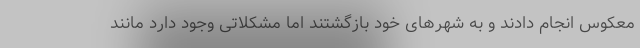
معکوس انجام دادند و به شهرهای خود بازگشتند اما مشکلاتی وجود دارد مانند